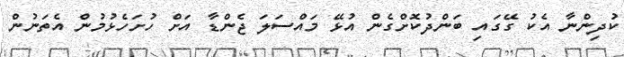
ކުދިންނާ އެކު ގޭގައި ބަންދުކޮށްގެން އުޅޭ މައްސަލަ ޖެންޑާ އަށް ހުށަހެޅުމުން އެތަނުން